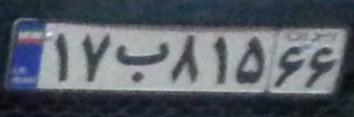
۱۷ب۸۱۵۶۶